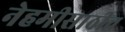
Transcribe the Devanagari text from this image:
नेहमीसाठीच